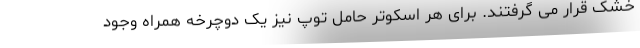
خشک قرار می گرفتند. برای هر اسکوتر حامل توپ نیز یک دوچرخه همراه وجود